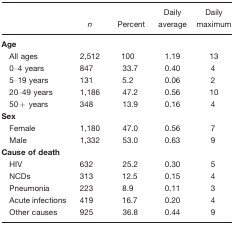
|  | n | Percent | Daily average | Daily maximum |
 | --- | --- | --- | --- | --- |
 | <COLSPAN=5> Age |
 | All ages | 2,512 | 100 | 1.19 | 13 |
 | 0–4 years | 847 | 33.7 | 0.40 | 4 |
 | 5–19 years | 131 | 5.2 | 0.06 | 2 |
 | 20–49 years | 1,186 | 47.2 | 0.56 | 10 |
 | 50+ years | 348 | 13.9 | 0.16 | 4 |
 | <COLSPAN=5> Sex |
 | Female | 1,180 | 47.0 | 0.56 | 7 |
 | Male | 1,332 | 53.0 | 0.63 | 9 |
 | <COLSPAN=5> Cause of death |
 | HIV | 632 | 25.2 | 0.30 | 5 |
 | NCDs | 313 | 12.5 | 0.15 | 4 |
 | Pneumonia | 223 | 8.9 | 0.11 | 3 |
 | Acute infections | 419 | 16.7 | 0.20 | 4 |
 | Other causes | 925 | 36.8 | 0.44 | 9 |